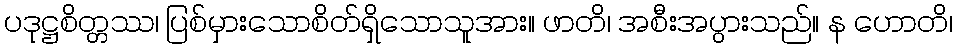
ပဒုဋ္ဌစိတ္တဿ၊ ပြစ်မှားသောစိတ်ရှိသောသူအား။ ဖာတိ၊ အစီးအပွားသည်။ န ဟောတိ၊